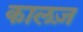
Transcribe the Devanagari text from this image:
कालज़